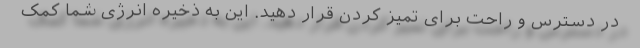
در دسترس و راحت برای تمیز کردن قرار دهید. این به ذخیره انرژی شما کمک